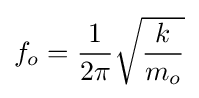
f_{o}={\frac {1}{2\pi }}{\sqrt {\frac {k}{m_{o}}}}